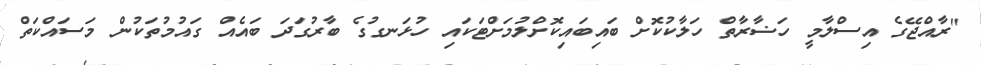
"ރާއްޖޭގެ އިސްލާމީ ހަޟާރާތް ހަލާކުކޮށް ބައިބައިކޮށްލުމަށްޓަކައި ހުޅަނގުގެ ބާރުގަދަ ބައެއް ގައުމުތަކުން މަސައްކަތް